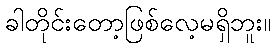
ခါတိုင်းတော့ဖြစ်လေ့မရှိဘူး။